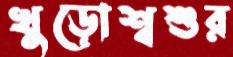
খুড়োশ্বশুর